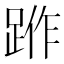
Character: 𨁔